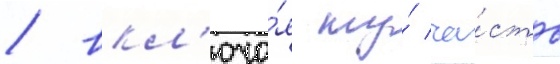
/ вкл'юча́я ту́ ча́сть